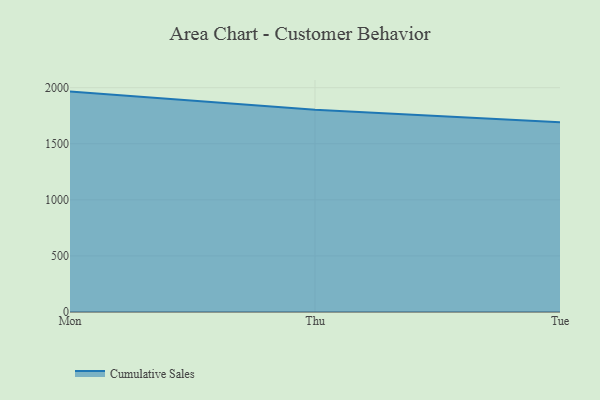
{"axis": {"x": "Day", "y": "Satisfaction Score"}, "legend": ["Cumulative Sales"], "data": [{"x": "Mon", "y": 1965.1, "type": "Cumulative Sales"}, {"x": "Thu", "y": 1802.6, "type": "Cumulative Sales"}, {"x": "Tue", "y": 1691.6, "type": "Cumulative Sales"}]}